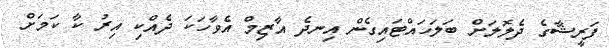
ފަރީޝާގެ ދެލޮލަށް ބަލަހައްޓައިގެން އިނދެ އާޒިމް އެވާހަކަ ދެއްކި އިރު ކާ ކަމަށް